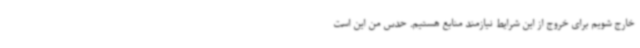
خارج شویم برای خروج از این شرایط نیازمند منابع هستیم. حدس من این است